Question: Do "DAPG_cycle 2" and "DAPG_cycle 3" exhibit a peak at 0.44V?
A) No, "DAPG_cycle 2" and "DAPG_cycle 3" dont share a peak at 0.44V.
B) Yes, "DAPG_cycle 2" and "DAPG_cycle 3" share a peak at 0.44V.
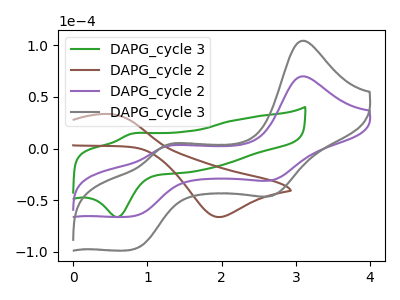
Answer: <think>The green curve "DAPG_cycle 3" has an anodic peak at (0.80V, 14.40uA) and a cathodic peak at (0.60V, -66.20uA). The brown curve "DAPG_cycle 2" has an anodic peak at (0.50V, 33.50uA) and a cathodic peak at (1.95V, -66.20uA). The purple curve "DAPG_cycle 2" has anodic peaks at (3.10V, 70.05uA) (1.25V, 1.70uA) and cathodic peaks at (2.70V, -30.25uA) (0.80V, -65.40uA). The gray curve "DAPG_cycle 3" has anodic peaks at (3.10V, 104.50uA) (1.25V, 2.55uA) and cathodic peaks at (2.70V, -45.15uA) (0.80V, -97.60uA).</think>
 <answer>A) No, "DAPG_cycle 2" and "DAPG_cycle 3" dont share a peak at 0.44V.</answer>
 <eval>A</eval>